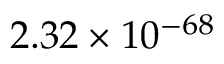
2 . 3 2 \times 1 0 ^ { - 6 8 }